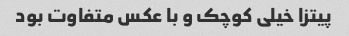
پیتزا خیلى کوچک و با عکس متفاوت بود